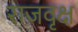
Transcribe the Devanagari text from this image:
राजवृक्ष